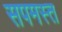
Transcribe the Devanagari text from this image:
सपमस्त